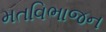
મતવિભાજન